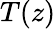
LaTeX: T(z)